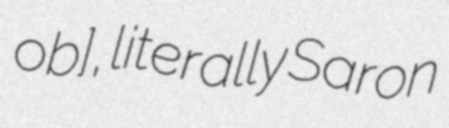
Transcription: ob], literally Saron